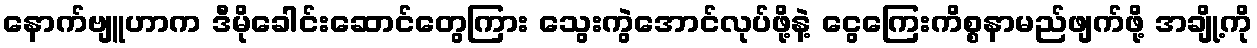
နောက်ဗျူဟာက ဒီမိုခေါင်းဆောင်တွေကြား သွေးကွဲအောင်လုပ်ဖို့နဲ့ ငွေကြေးကိစ္စနာမည်ဖျက်ဖို့ အချို့ကို